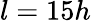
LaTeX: l=15h